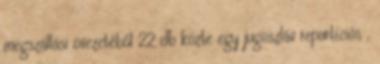
megszállási övezetéből 22 db közte egy jugoszláv repartíciós ,